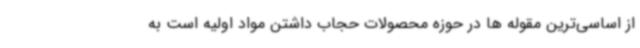
از اساسی‌ترین مقوله ها در حوزه محصولات حجاب داشتن مواد اولیه است به